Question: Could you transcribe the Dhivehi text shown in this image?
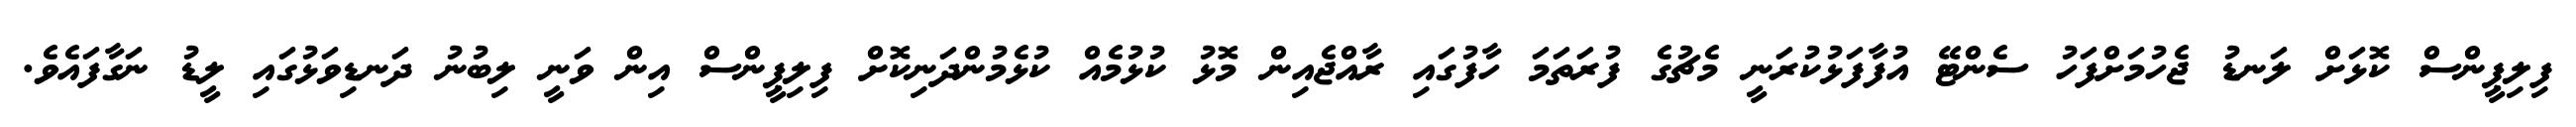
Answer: ފިލިޕީންސް ކޮޅަށް ލަނޑު ޖެހުމަށްފަހު ސެންޓޭ އުފާފަޅުކުރަނީ މެޗުގެ ފުރަތަމަ ހާފުގައި ރާއްޖެއިން މޮޅު ކުޅުމެއް ކުޅެމުންދަނިކޮށް ފިލިޕީންސް އިން ވަނީ ލިބުނު ދަނޑިވަޅުގައި ލީޑު ނަގާފައެވެ.